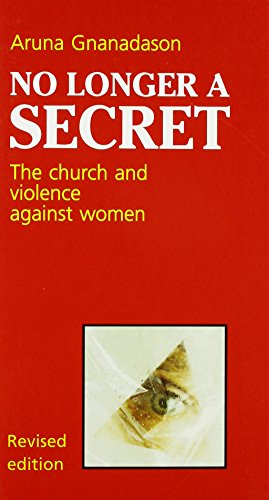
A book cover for No Longer a Secret: The Church and Violence against Women (Risk Book #58) (Risk Book Series); Aruna Gnanadason; Christian Books & Bibles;